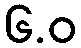
၆.ဝ